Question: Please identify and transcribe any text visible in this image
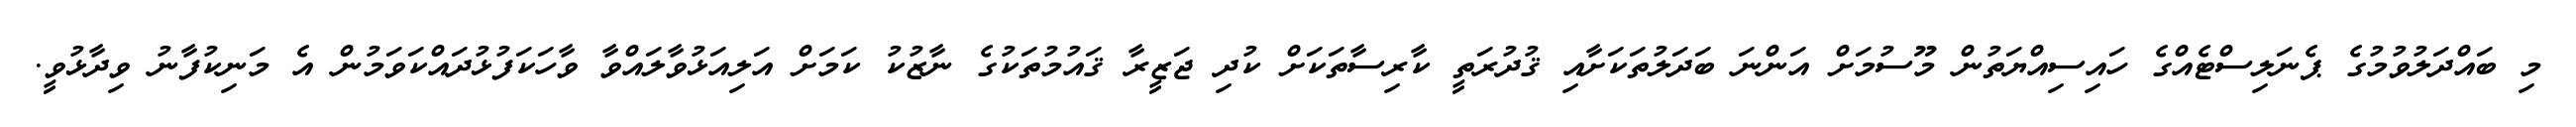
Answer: މި ބައްދަލުވުމުގެ ޕެނަލިސްޓެއްގެ ހައިސިއްޔަތުން މޫސުމަށް އަންނަ ބަދަލުތަކަށާއި ޤުދުރަތީ ކާރިސާތަކަށް ކުދި ޖަޒީރާ ޤައުމުތަކުގެ ނާޒުކު ކަމަށް އަލިއަޅުވާލައްވާ ވާހަކަފުޅުދައްކަވަމުން އެ މަނިކުފާނު ވިދާޅުވީ.